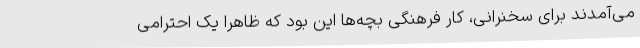
می‌آمدند برای سخنرانی، کار فرهنگی بچه‌ها این بود که ظاهراً یک احترامی